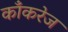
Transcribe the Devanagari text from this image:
काँकरेज